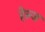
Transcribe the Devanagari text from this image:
हेल्ज